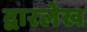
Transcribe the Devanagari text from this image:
द्वारलेख